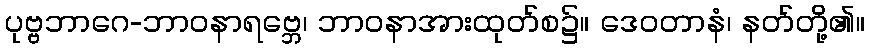
ပုဗ္ဗဘာဂေ-ဘာဝနာရဗ္ဘေ၊ ဘာဝနာအားထုတ်စ၌။ ဒေဝတာနံ၊ နတ်တို့၏။